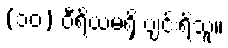
(၁၀) ဝီရိယမရှိ ပျင်းရိသူ။